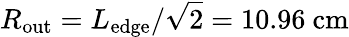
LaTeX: R_{\mathrm{out}}=L_{\mathrm{edge}}/\sqrt{2}=10.96\ \mathrm{cm}